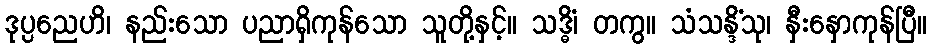
ဒုပ္ပညေဟိ၊ နည်းသော ပညာရှိကုန်သော သူတို့နှင့်။ သဒ္ဓိံ၊ တကွ။ သံသန္ဒိံသု၊ နှီးနှောကုန်ပြီ။